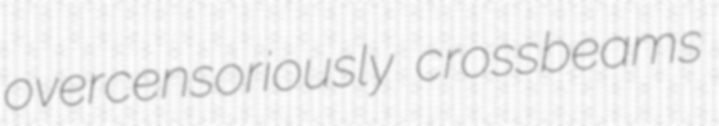
overcensoriously crossbeams